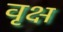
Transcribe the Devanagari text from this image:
वृक्ष